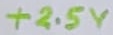
Text: +2.5V